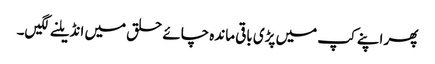
پھر اپنے کپ میں پڑی باقی ماندہ چائے حلق میں انڈیلنے لگیں۔